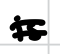
Text: is
Cross-out: double-line
Writing tool: digital_black